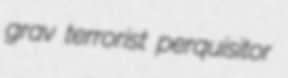
grav terrorist perquisitor